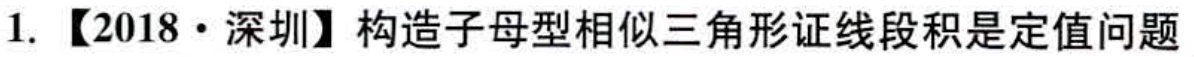
1. 【2018·深圳】构造子母型相似三角形证线段积是定值问题